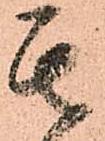
其